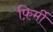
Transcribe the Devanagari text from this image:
फ़िर्मी